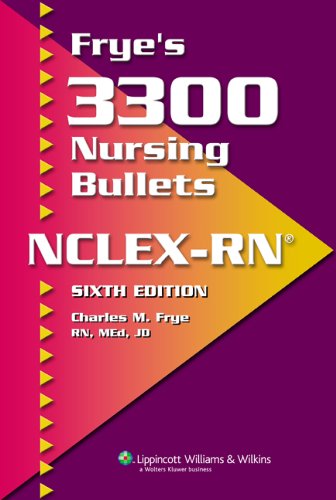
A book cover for Frye's 3300 Nursing Bullets for NCLEX-RNÂ®; Charles M. Frye RN; Medical Books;